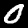
Label: 0